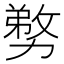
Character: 𭄽